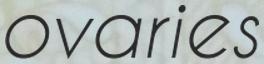
ovaries